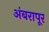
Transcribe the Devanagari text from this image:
अंबरापूर